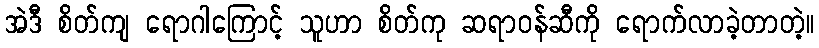
အဲဒီ စိတ်ကျ ရောဂါကြောင့် သူဟာ စိတ်ကု ဆရာဝန်ဆီကို ရောက်လာခဲ့တာတဲ့။